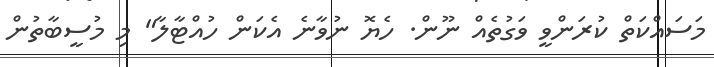
މަަސައްކަތް ކުރަންވީ ވަގުތެއް ނޫން. ހެޔޮ ނުވާނެ އެކަން ހުއްޓާލާ" މި މުސީބާތުން